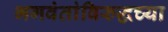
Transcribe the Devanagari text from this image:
भगवंतांविरुद्धच्या